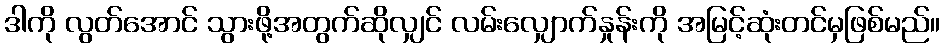
ဒါကို လွတ်အောင် သွားဖို့အတွက်ဆိုလျှင် လမ်းလျှောက်နှုန်းကို အမြင့်ဆုံးတင်မှဖြစ်မည်။